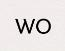
WO